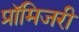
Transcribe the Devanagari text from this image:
प्रॉमिजरी